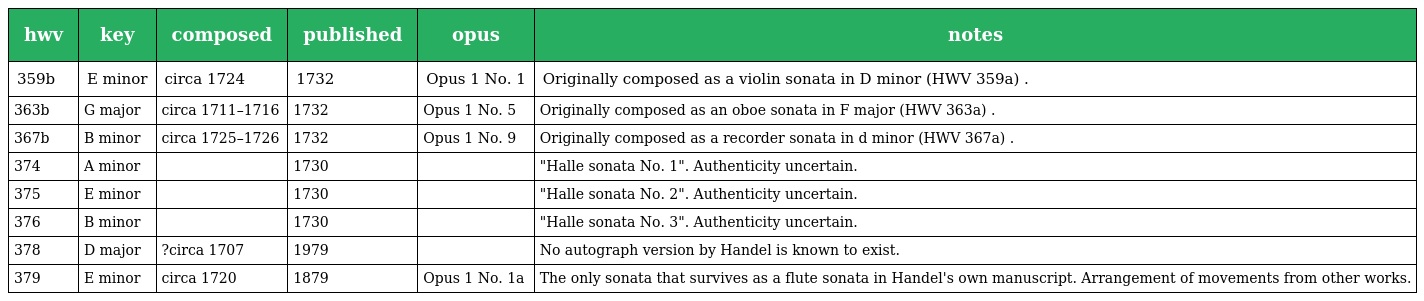
| hwv | key | composed | published | opus | notes |
 | --- | --- | --- | --- | --- | --- |
 | 359b | E minor | circa 1724 | 1732 | Opus 1 No. 1 | Originally composed as a violin sonata in D minor (HWV 359a) . |
 | 363b | G major | circa 1711–1716 | 1732 | Opus 1 No. 5 | Originally composed as an oboe sonata in F major (HWV 363a) . |
 | 367b | B minor | circa 1725–1726 | 1732 | Opus 1 No. 9 | Originally composed as a recorder sonata in d minor (HWV 367a) . |
 | 374 | A minor |  | 1730 |  | "Halle sonata No. 1". Authenticity uncertain. |
 | 375 | E minor |  | 1730 |  | "Halle sonata No. 2". Authenticity uncertain. |
 | 376 | B minor |  | 1730 |  | "Halle sonata No. 3". Authenticity uncertain. |
 | 378 | D major | ?circa 1707 | 1979 |  | No autograph version by Handel is known to exist. |
 | 379 | E minor | circa 1720 | 1879 | Opus 1 No. 1a | The only sonata that survives as a flute sonata in Handel's own manuscript. Arrangement of movements from other works. |